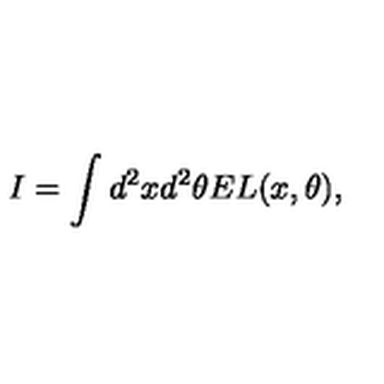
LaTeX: I = \int d ^ { 2 } x d ^ { 2 } \theta E L ( x , \theta ) ,